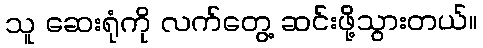
သူ ဆေးရုံကို လက်တွေ့ ဆင်းဖို့သွားတယ်။